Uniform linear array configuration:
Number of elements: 32
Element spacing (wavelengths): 1
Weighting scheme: cosine
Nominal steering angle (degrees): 45
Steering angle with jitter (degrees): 43.736
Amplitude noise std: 0.05
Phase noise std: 0.05

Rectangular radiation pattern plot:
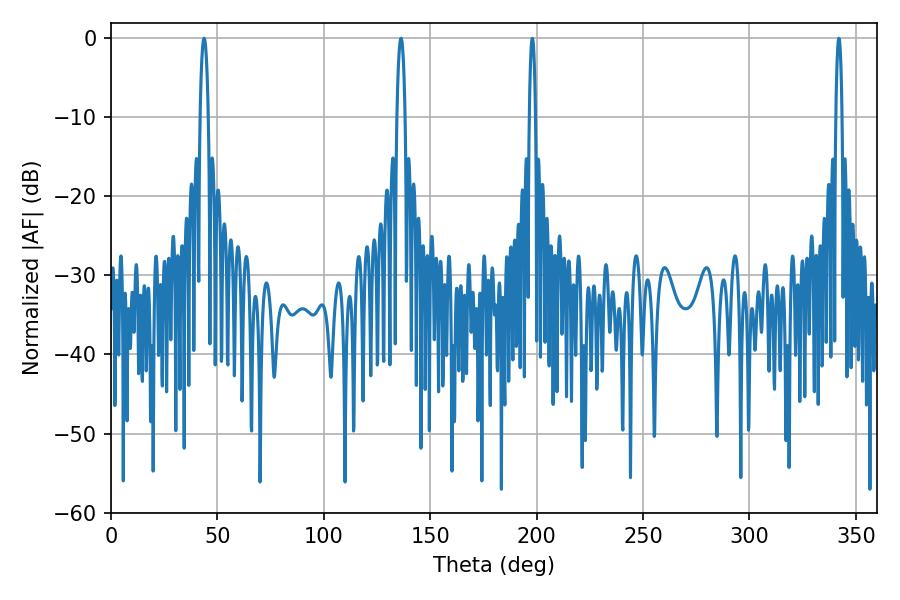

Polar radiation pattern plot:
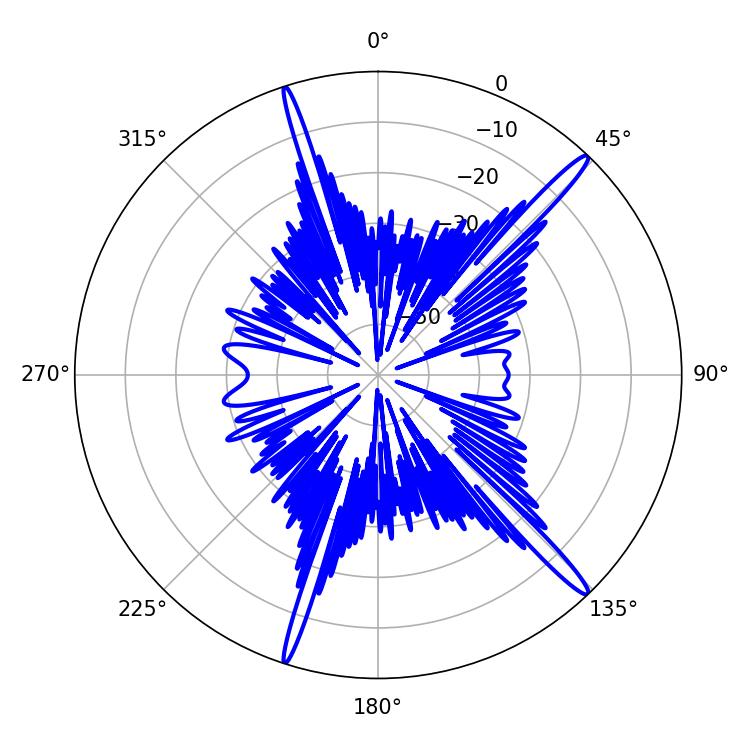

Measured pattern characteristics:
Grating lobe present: TRUE
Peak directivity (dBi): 17.076
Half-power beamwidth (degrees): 2.16
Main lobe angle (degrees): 43.74